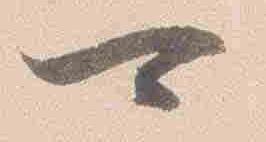
可